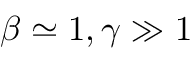
\beta \simeq 1 , \gamma \gg 1